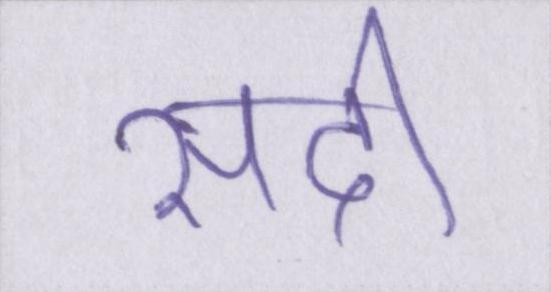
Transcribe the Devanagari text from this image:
सदी